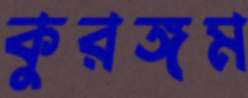
কুরঙ্গম